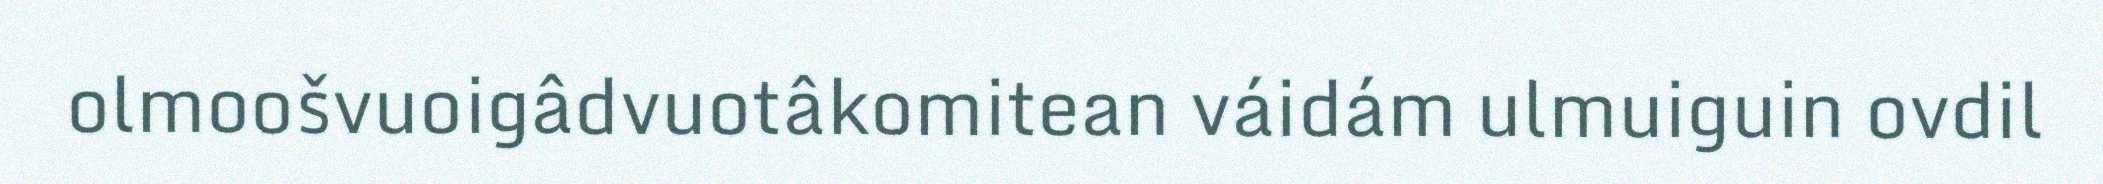
olmoošvuoigâdvuotâkomitean váidám ulmuiguin ovdil